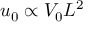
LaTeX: u _ { 0 } \propto V _ { 0 } L ^ { 2 }